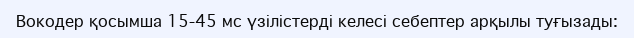
Вокодер қосымша 15-45 мс үзілістерді келесі себептер арқылы туғызады: